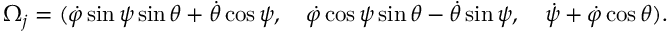
\begin{array} { r } { \Omega _ { j } = ( \dot { \varphi } \sin \psi \sin \theta + \dot { \theta } \cos \psi , \quad \dot { \varphi } \cos \psi \sin \theta - \dot { \theta } \sin \psi , \quad \dot { \psi } + \dot { \varphi } \cos \theta ) . } \end{array}